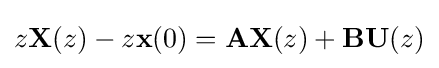
z\mathbf {X} (z)-z\mathbf {x} (0)=\mathbf {A} \mathbf {X} (z)+\mathbf {B} \mathbf {U} (z)